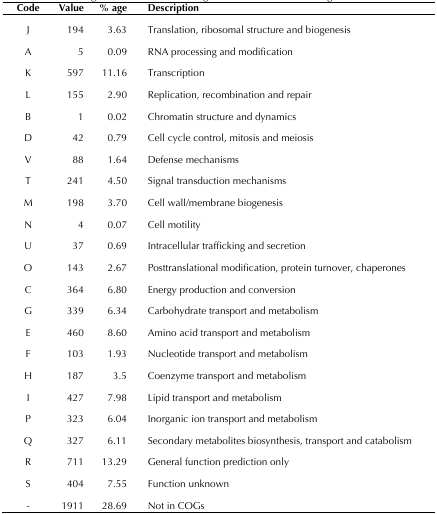
<table><thead><tr><td><b>Code</b></td><td><b>Value</b></td><td><b>% age</b></td><td><b>Description</b></td></tr></thead><tbody><tr><td>J</td><td>194</td><td>3.63</td><td>Translation, ribosomal structure and biogenesis</td></tr><tr><td>A</td><td>5</td><td>0.09</td><td>RNA processing and modification</td></tr><tr><td>K</td><td>597</td><td>11.16</td><td>Transcription</td></tr><tr><td>L</td><td>155</td><td>2.90</td><td>Replication, recombination and repair</td></tr><tr><td>B</td><td>1</td><td>0.02</td><td>Chromatin structure and dynamics</td></tr><tr><td>D</td><td>42</td><td>0.79</td><td>Cell cycle control, mitosis and meiosis</td></tr><tr><td>V</td><td>88</td><td>1.64</td><td>Defense mechanisms</td></tr><tr><td>T</td><td>241</td><td>4.50</td><td>Signal transduction mechanisms</td></tr><tr><td>M</td><td>198</td><td>3.70</td><td>Cell wall/membrane biogenesis</td></tr><tr><td>N</td><td>4</td><td>0.07</td><td>Cell motility</td></tr><tr><td>U</td><td>37</td><td>0.69</td><td>Intracellular trafficking and secretion</td></tr><tr><td>O</td><td>143</td><td>2.67</td><td>Posttranslational modification, protein turnover, chaperones</td></tr><tr><td>C</td><td>364</td><td>6.80</td><td>Energy production and conversion</td></tr><tr><td>G</td><td>339</td><td>6.34</td><td>Carbohydrate transport and metabolism</td></tr><tr><td>E</td><td>460</td><td>8.60</td><td>Amino acid transport and metabolism</td></tr><tr><td>F</td><td>103</td><td>1.93</td><td>Nucleotide transport and metabolism</td></tr><tr><td>H</td><td>187</td><td>3.5</td><td>Coenzyme transport and metabolism</td></tr><tr><td>I</td><td>427</td><td>7.98</td><td>Lipid transport and metabolism</td></tr><tr><td>P</td><td>323</td><td>6.04</td><td>Inorganic ion transport and metabolism</td></tr><tr><td>Q</td><td>327</td><td>6.11</td><td>Secondary metabolites biosynthesis, transport and catabolism</td></tr><tr><td>R</td><td>711</td><td>13.29</td><td>General function prediction only</td></tr><tr><td>S</td><td>404</td><td>7.55</td><td>Function unknown</td></tr><tr><td>-</td><td>1911</td><td>28.69</td><td>Not in COGs</td></tr></tbody></table>